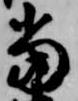
当